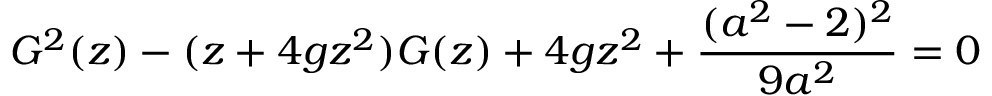
G ^ { 2 } ( z ) - ( z + 4 g z ^ { 2 } ) G ( z ) + 4 g z ^ { 2 } + { \frac { ( a ^ { 2 } - 2 ) ^ { 2 } } { 9 a ^ { 2 } } } = 0